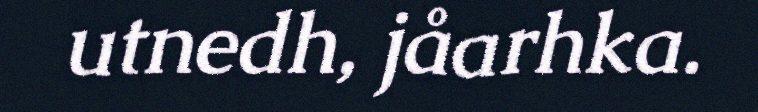
utnedh, jåarhka.